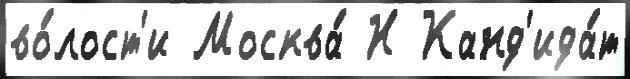
во́лост'и Москва́ Н Канд'ида́т